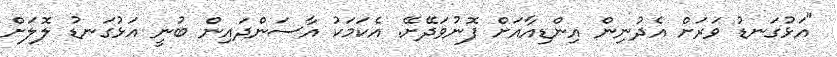
"އަޅުގަނޑު ވަރަށް އެެދުނިން އިންޑިއާއަށް ފޮނުވަދޭށޭ. އެކަމަކު އާސަންދައިން ބުނީ އަޅުގަނޑު ލޮލަށް